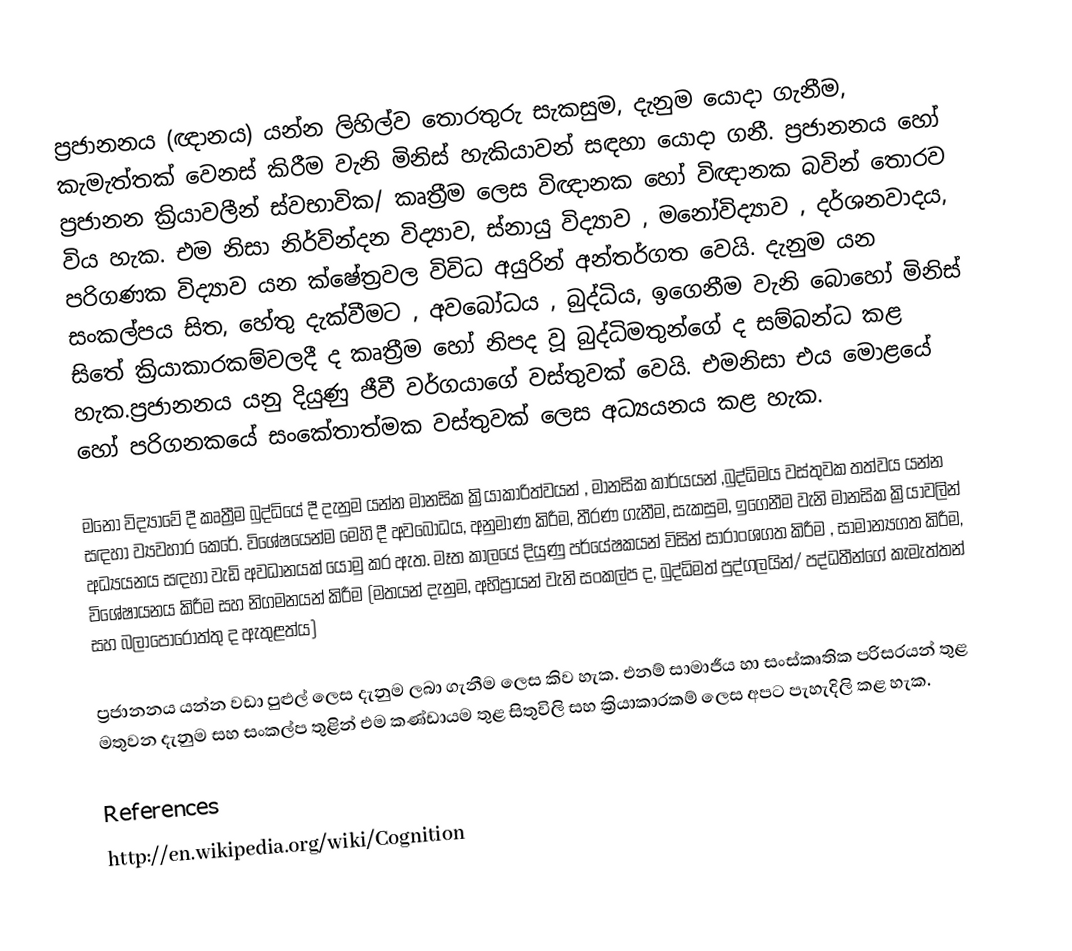
ප්‍රජානනය (ඥානය) යන්න ලිහිල්ව තොරතුරු සැකසුම, දැනුම යොදා ගැනීම, කැමැත්තක් වෙනස් කිරීම වැනි මිනිස් හැකියාවන් සඳහා යොදා ගනී. ප්‍රජානනය හෝ ප්‍රජානන ක්‍රියාවලීන් ස්වභාවික/ කෘත්‍රීම ලෙස විඥානක හෝ විඥානක බවින් තොරව විය හැක. එම නිසා නිර්වින්දන විද්‍යාව, ස්නායු විද්‍යාව , මනෝවිද්‍යාව , දර්ශනවාදය, පරිගණක විද්‍යාව යන ක්ෂේත්‍රවල විවිධ අයුරින් අන්තර්ගත වෙයි. දැනුම යන සංකල්පය සිත, හේතු දැක්වීමට , අවබෝධය , බුද්ධිය, ඉගෙනීම වැනි බොහෝ මිනිස් සිතේ ක්‍රියාකාරකම්වලදී ද කෘත්‍රීම හෝ නිපද වූ බුද්ධිමතුන්ගේ ද සම්බන්ධ කළ හැක.ප්‍රජානනය යනු දියුණු ජීවී වර්ගයාගේ වස්තුවක් වෙයි. එමනිසා එය මොළයේ හෝ  පරිගනකයේ සංකේතාත්මක වස්තුවක් ලෙස අධ්‍යයනය කළ හැක.

මනෝ විද්‍යාවේ දී කෘත්‍රීම බුද්ධියේ දී දැනුම යන්න මානසික ක්‍රියාකාරිත්වයන් , මානසික කාර්යයන් ,බුද්ධිමය වස්තුවක තත්වය යන්න සඳහා ව්‍යවහාර කෙරේ. විශේෂයෙන්ම මෙහි දී අව‍බෝධය, අනුමාණ කිරීම, තීරණ ගැනීම, සැකසුම, ඉගෙනීම වැනි මානසික ක්‍රියාවලින් අධ්‍යයනය සඳහා වැඩි අවධානයක් යොමු කර ඇත. මෑත කාලයේ දියුණු පර්යේෂකයන් විසින් සාරාංශගත  කිරීම , සාමාන්‍යගත කිරීම, විශේෂායනය කිරීම සහ නිගමනයන් කිරීම (මතයන් දැනුම, අභිප්‍රායන් වැනි සංකල්ප ද, බුද්ධිමත් පුද්ගලයින්/ පද්ධතීන්ගේ කැමැත්තන් සහ බලාපොරොත්තු ද ඇතුළත්ය)

ප්‍රජානනය යන්න වඩා පුළුල් ලෙස දැනුම ලබා ගැනීම ලෙස කිව හැක. එනම් සාමාජීය හා සංස්කෘතික පරිසරයන් තුළ මතුවන දැනුම සහ සංකල්ප තුළින් එම කණ්ඩායම තුළ සිතුවිලි සහ ක්‍රියාකාරකම් ලෙස අපට පැහැදිලි කළ හැක.

References
http://en.wikipedia.org/wiki/Cognition